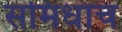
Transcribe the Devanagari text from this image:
समिधाच